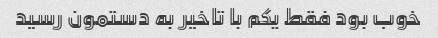
خوب بود فقط یکم با تاخیر به دستمون رسید